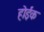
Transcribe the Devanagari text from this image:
होईक